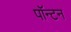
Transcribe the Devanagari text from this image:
पॉन्टन